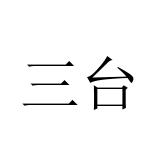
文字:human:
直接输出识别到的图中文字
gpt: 三台